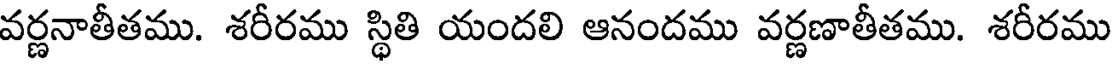
వర్ణనాతీతము. శరీరము స్థితి యందలి ఆనందము వర్ణణాతీతము. శరీరము